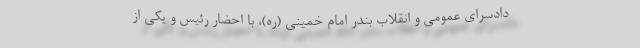
دادسرای عمومی و انقلاب بندر امام خمینی (ره)، با احضار رئیس و یکی از